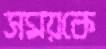
সময়কে